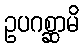
ဥပဂစ္ဆာမိ